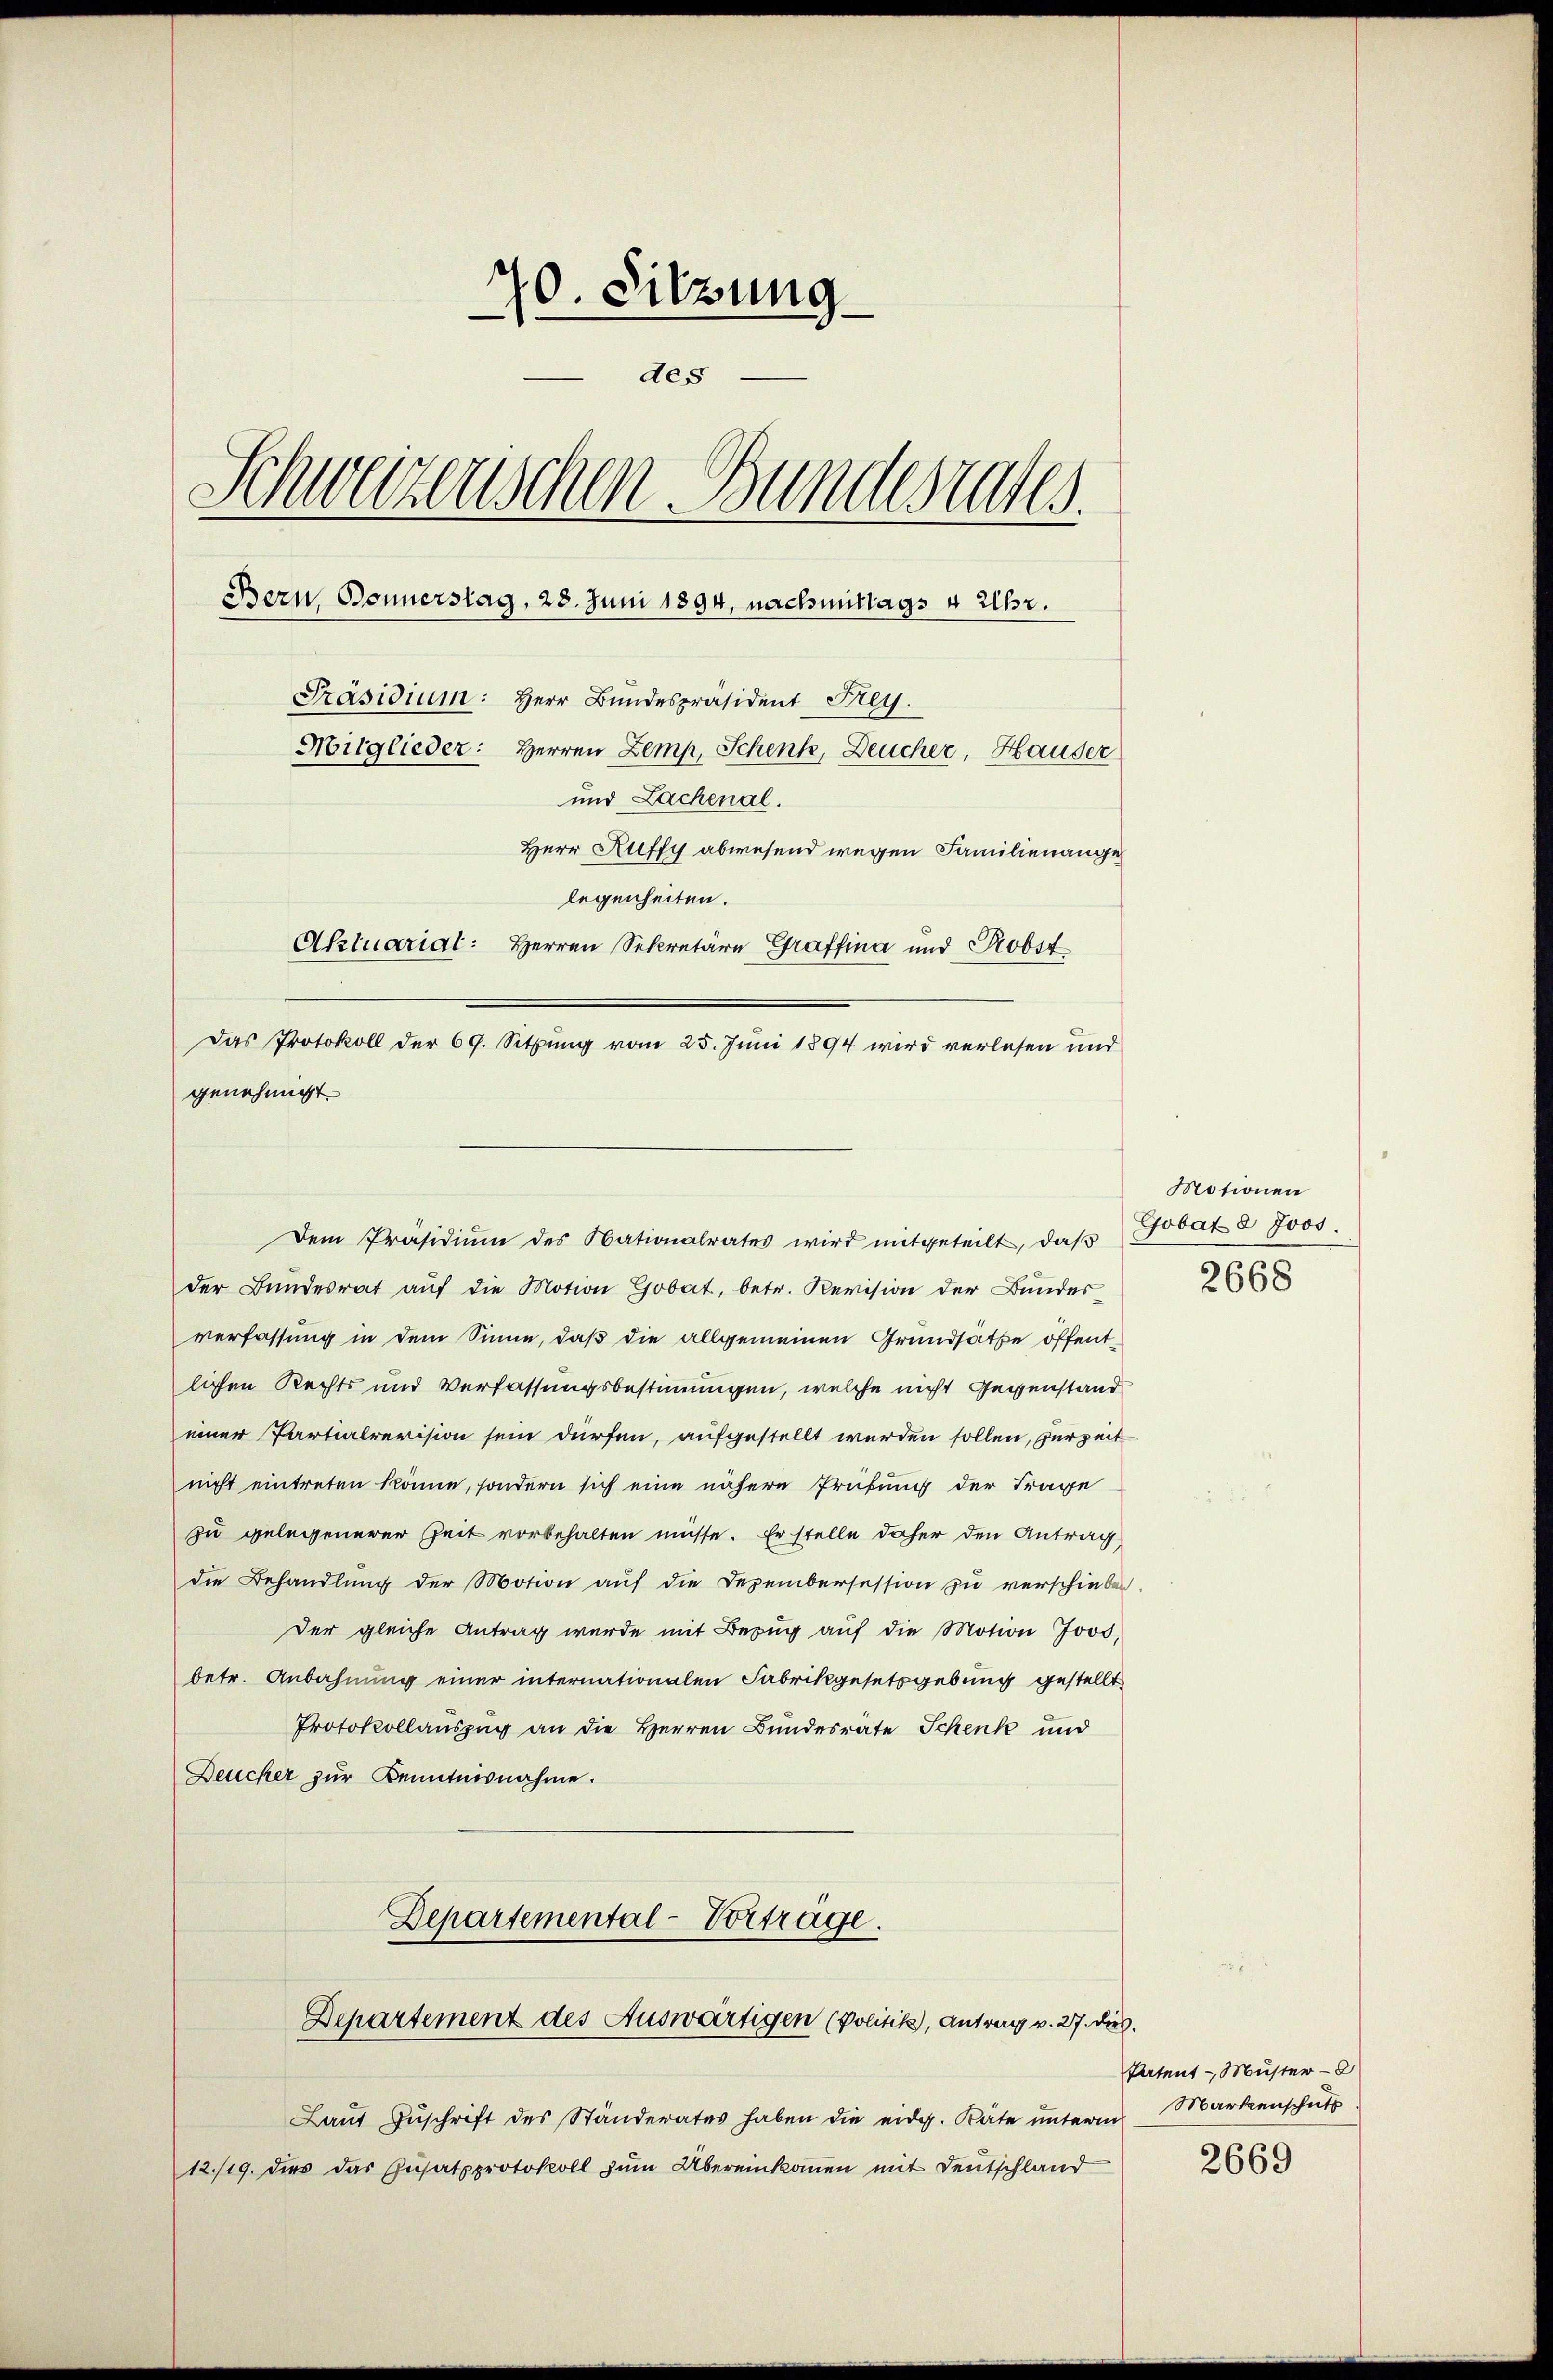
70. Sitzung.
des
Schweizerischen Bundesraten.
Bern, Bonnerstag, 28. Juni 1894, nachmittags 4 Uhr.
Präsidium: Herr Bundespräsident Frey.
Mitglieder: Herren Zemp, Schenk, Deucher, Hauser
und Lachenal.
Herr Ruffy abwesend wegen Familienange
legenheiten.
Aktuarial: Herren Sekretäre Graffina und Probst

genehmigt.

der Bŭndesrat aŭf die Motion Gobat, betr. Revision der Bŭndes
verfassung in dem Sinne, daß die allgemeinen Grundsätze öffentlichen Rechts und Verfassungsbestimmigen, welche nicht Gegenstand
einer Partialrevision sein dürfen, aufgestellt werden sollen, Herzeit
nicht eintreten könne, sondern sich eine nähere Prüfung der Frage
zu gelegenerer Zeit vorbehalten müsse. Er stelle daher den Antrag
die Behandlung der Motion auf die Dezembersession zu verschiebe
Der gleiche Antrag wurde mit Bezug auf die Motion Joos,
betr. Anbahnung einer internationalen Fabrikgesetzgebung gestellt
Protokollauszug an die Herren Bundesrate Schenk und
Deucker zur Kenntnisnahme.
Departemental-Vortrage.
Departement des Auswärtigen (Politik, Antrag v. 27. dies
Laŭt Zŭschrift des Ständerates haben die eidg. Räte ŭnterm Markenschats
12./19. dies das Zusatzprotokoll zŭm Übereinkommen mit Deutschland

Das Protokoll der 69. Sitzung vom 25. Juni 1894 wird verlesen und

Dem Präsidium des Nationalrates wird mitgeteilt, daß

Motionen
Gobat d. Jos.
2668

Patent - Müster

2669